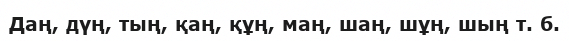
Даң, дүң, тың, қаң, құң, маң, шаң, шұң, шың т. б.